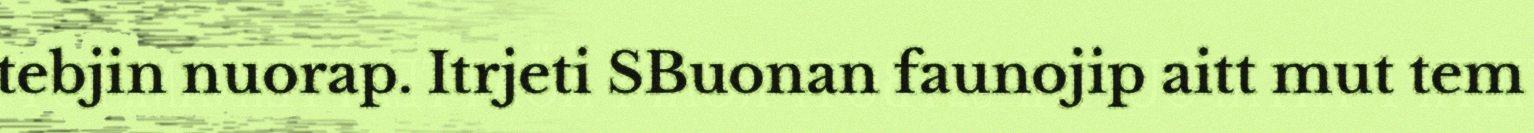
tebjin nuorap. Itrjeti SBuonan faunojip aitt mut tem